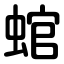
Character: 䗆